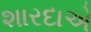
શારદાએ